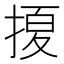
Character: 𱠖